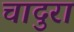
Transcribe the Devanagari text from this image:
चादुरा